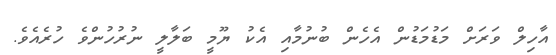
އާހިލް ވަރަށް މަޑުމަޑުން އެހެން ބުނުމާއި އެކު ޔޫމީ ބަލާލީ ނުރުހުންވެ ހުރެއެވެ.